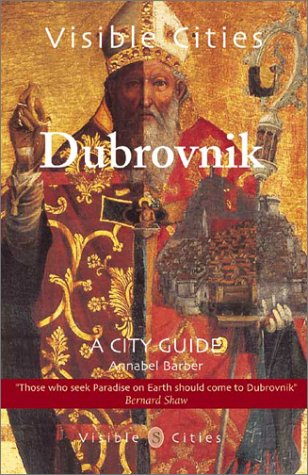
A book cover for Visible Cities Dubrovnik (Visible Cities Guidebook series); Annabel Barber; Travel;